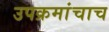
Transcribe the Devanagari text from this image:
उपक्रमांचाच